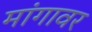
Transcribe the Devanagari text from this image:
मांगावर